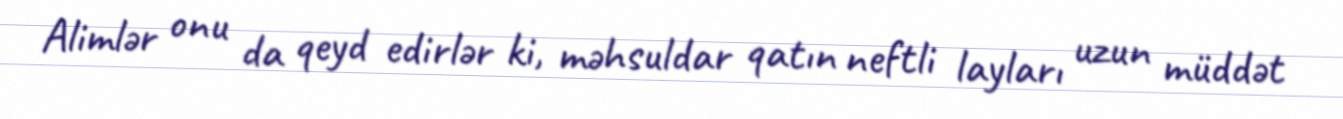
Alimlər onu da qeyd edirlər ki, məhsuldar qatın neftli layları uzun müddət